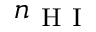
n _ { \mathrm { ~ H ~ I ~ } }